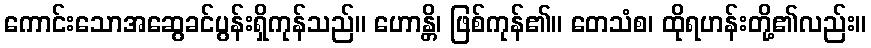
ကောင်းသောအဆွေခင်ပွန်းရှိကုန်သည်။ ဟောန္တိ၊ ဖြစ်ကုန်၏။ တေသံစ၊ ထိုရဟန်းတို့၏လည်း။